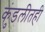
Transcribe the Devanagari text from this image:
कुंडलीतही